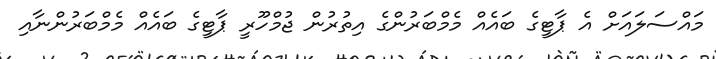
މައްސަލައަށް އެ ޕާޓީގެ ބައެއް މެމްބަރުންގެ އިތުރުން ޖުމްހޫރީ ޕާޓީގެ ބައެއް މެމްބަރުންނާއި